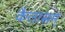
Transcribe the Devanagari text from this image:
कैलासम्‌